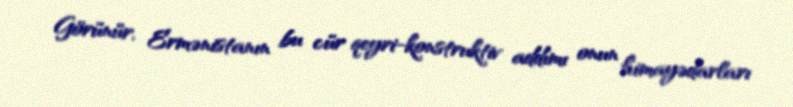
Görünür, Ermənistanın bu cür qeyri-konstruktiv addımı onun himayədarları